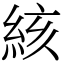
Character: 絯